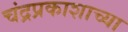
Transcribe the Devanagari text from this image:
चंद्रप्रकाशाच्या